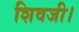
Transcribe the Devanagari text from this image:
शिवजी।